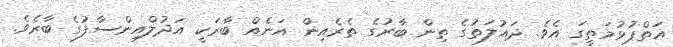
އަތްޕުޅުމަތީގަ އެވެ. ދައުލަތުގެ ތިން ބާރުގެ ތެރެއިން އަނެއް ބާރަކީ އަދުލްއިންސާފުގެ ބާރެވެ.